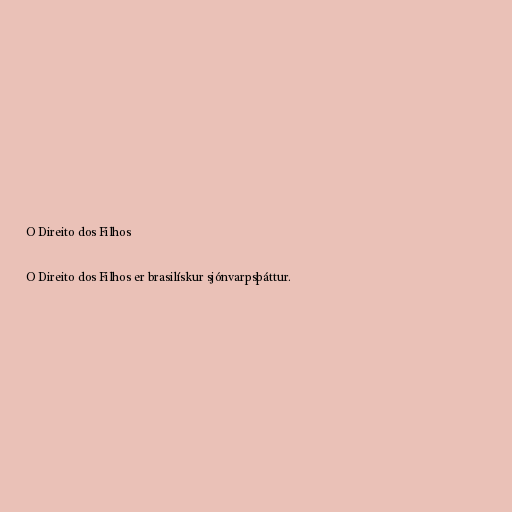
O Direito dos Filhos

O Direito dos Filhos er brasilískur sjónvarpsþáttur.